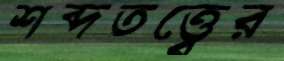
শব্দতত্ত্বের